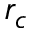
r _ { c }